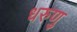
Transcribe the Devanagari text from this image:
धरुणु